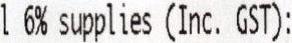
L 6% SUPPLIES (INC. GST):